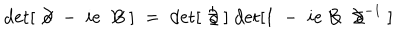
LaTeX: \mathrm { d e t } [ \; \not { \! \partial } \; - \; i e \; \not { \! \! B } \; ] \; = \; \mathrm { d e t } [ \; \not { \! \partial } \; ] \; \mathrm { d e t } [ 1 \; - \; i e \not { \! \! B } \; \not { \! \partial } ^ { - 1 } \; ]